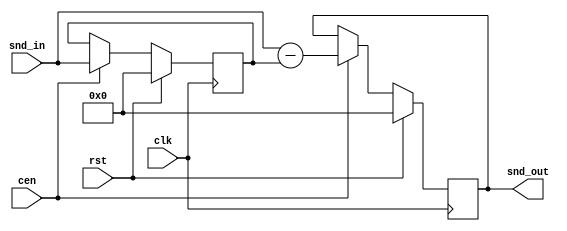
module jt12_comb #(parameter 
    w=16,   // bit width
    m=1     // depth of comb filter
)(
    input               rst,
    input               clk,
(* direct_enable *)    input cen,
    input  signed [w-1:0] snd_in,
    output reg signed [w-1:0] snd_out
);

wire signed [w-1:0] prev;

// m-delay stage
generate
    genvar k;
    reg signed [w-1:0] mem[0:m-1];
    assign prev=mem[m-1];
    for(k=1;k<m;k=k+1) begin : mem_gen
        always @(posedge clk)
            if(rst) begin
                mem[k] <= {w{1'b0}};
            end else if(cen) begin
                mem[k] <= mem[k-1];
            end
    end
    // k=0 (I take out to avoid a warning about mem[k-1] when k is 0)
    always @(posedge clk)
        if(rst) begin
            mem[0] <= {w{1'b0}};
        end else if(cen) begin
            mem[0] <= snd_in;
        end    
endgenerate

// Comb filter at synthesizer sampling rate
always @(posedge clk)
    if(rst) begin
        snd_out <= {w{1'b0}};
    end else if(cen) begin
        snd_out <= snd_in - prev;
    end

endmodule